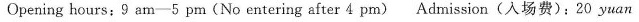
Opening hours;9 am-5 pm(No entering after 4 pm) Admission(入场费):20 yuan